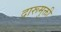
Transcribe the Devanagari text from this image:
दारूमुक्ती